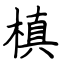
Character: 槙